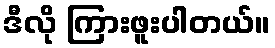
ဒီလို ကြားဖူးပါတယ်။